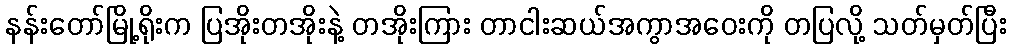
နန်းတော်မြို့ရိုးက ပြအိုးတအိုးနဲ့ တအိုးကြား တာငါးဆယ်အကွာအဝေးကို တပြလို့ သတ်မှတ်ပြီး